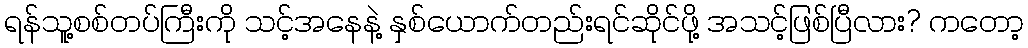
ရန်သူ့စစ်တပ်ကြီးကို သင့်အနေနဲ့ နှစ်ယောက်တည်းရင်ဆိုင်ဖို့ အသင့်ဖြစ်ပြီလား? ကတော့